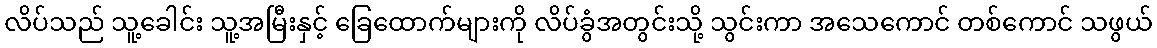
လိပ်သည် သူ့ခေါင်း သူ့အမြီးနှင့် ခြေထောက်များကို လိပ်ခွံအတွင်းသို့ သွင်းကာ အသေကောင် တစ်ကောင် သဖွယ်